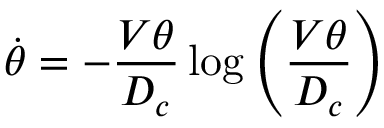
\dot { \theta } = - \frac { V \theta } { D _ { c } } \log \left( \frac { V \theta } { D _ { c } } \right)